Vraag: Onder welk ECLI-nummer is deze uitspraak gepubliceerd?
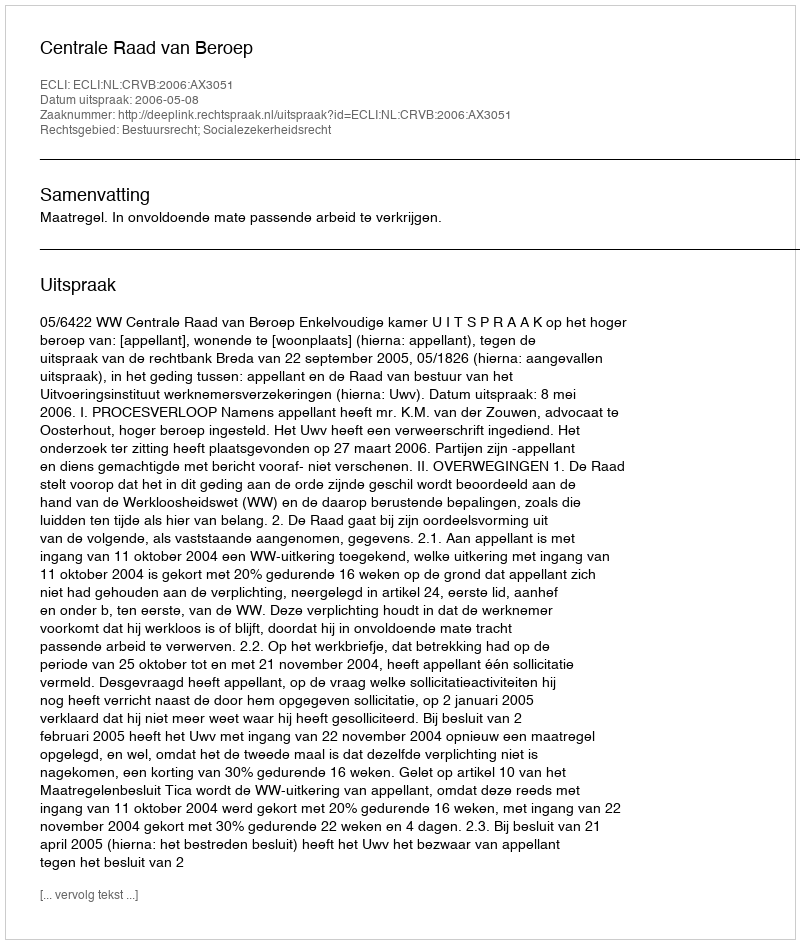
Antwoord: ECLI:NL:CRVB:2006:AX3051